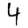
Digit: 4